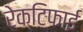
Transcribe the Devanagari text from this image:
रेक्टिफाई